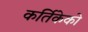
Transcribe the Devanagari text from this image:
कर्तिकेको